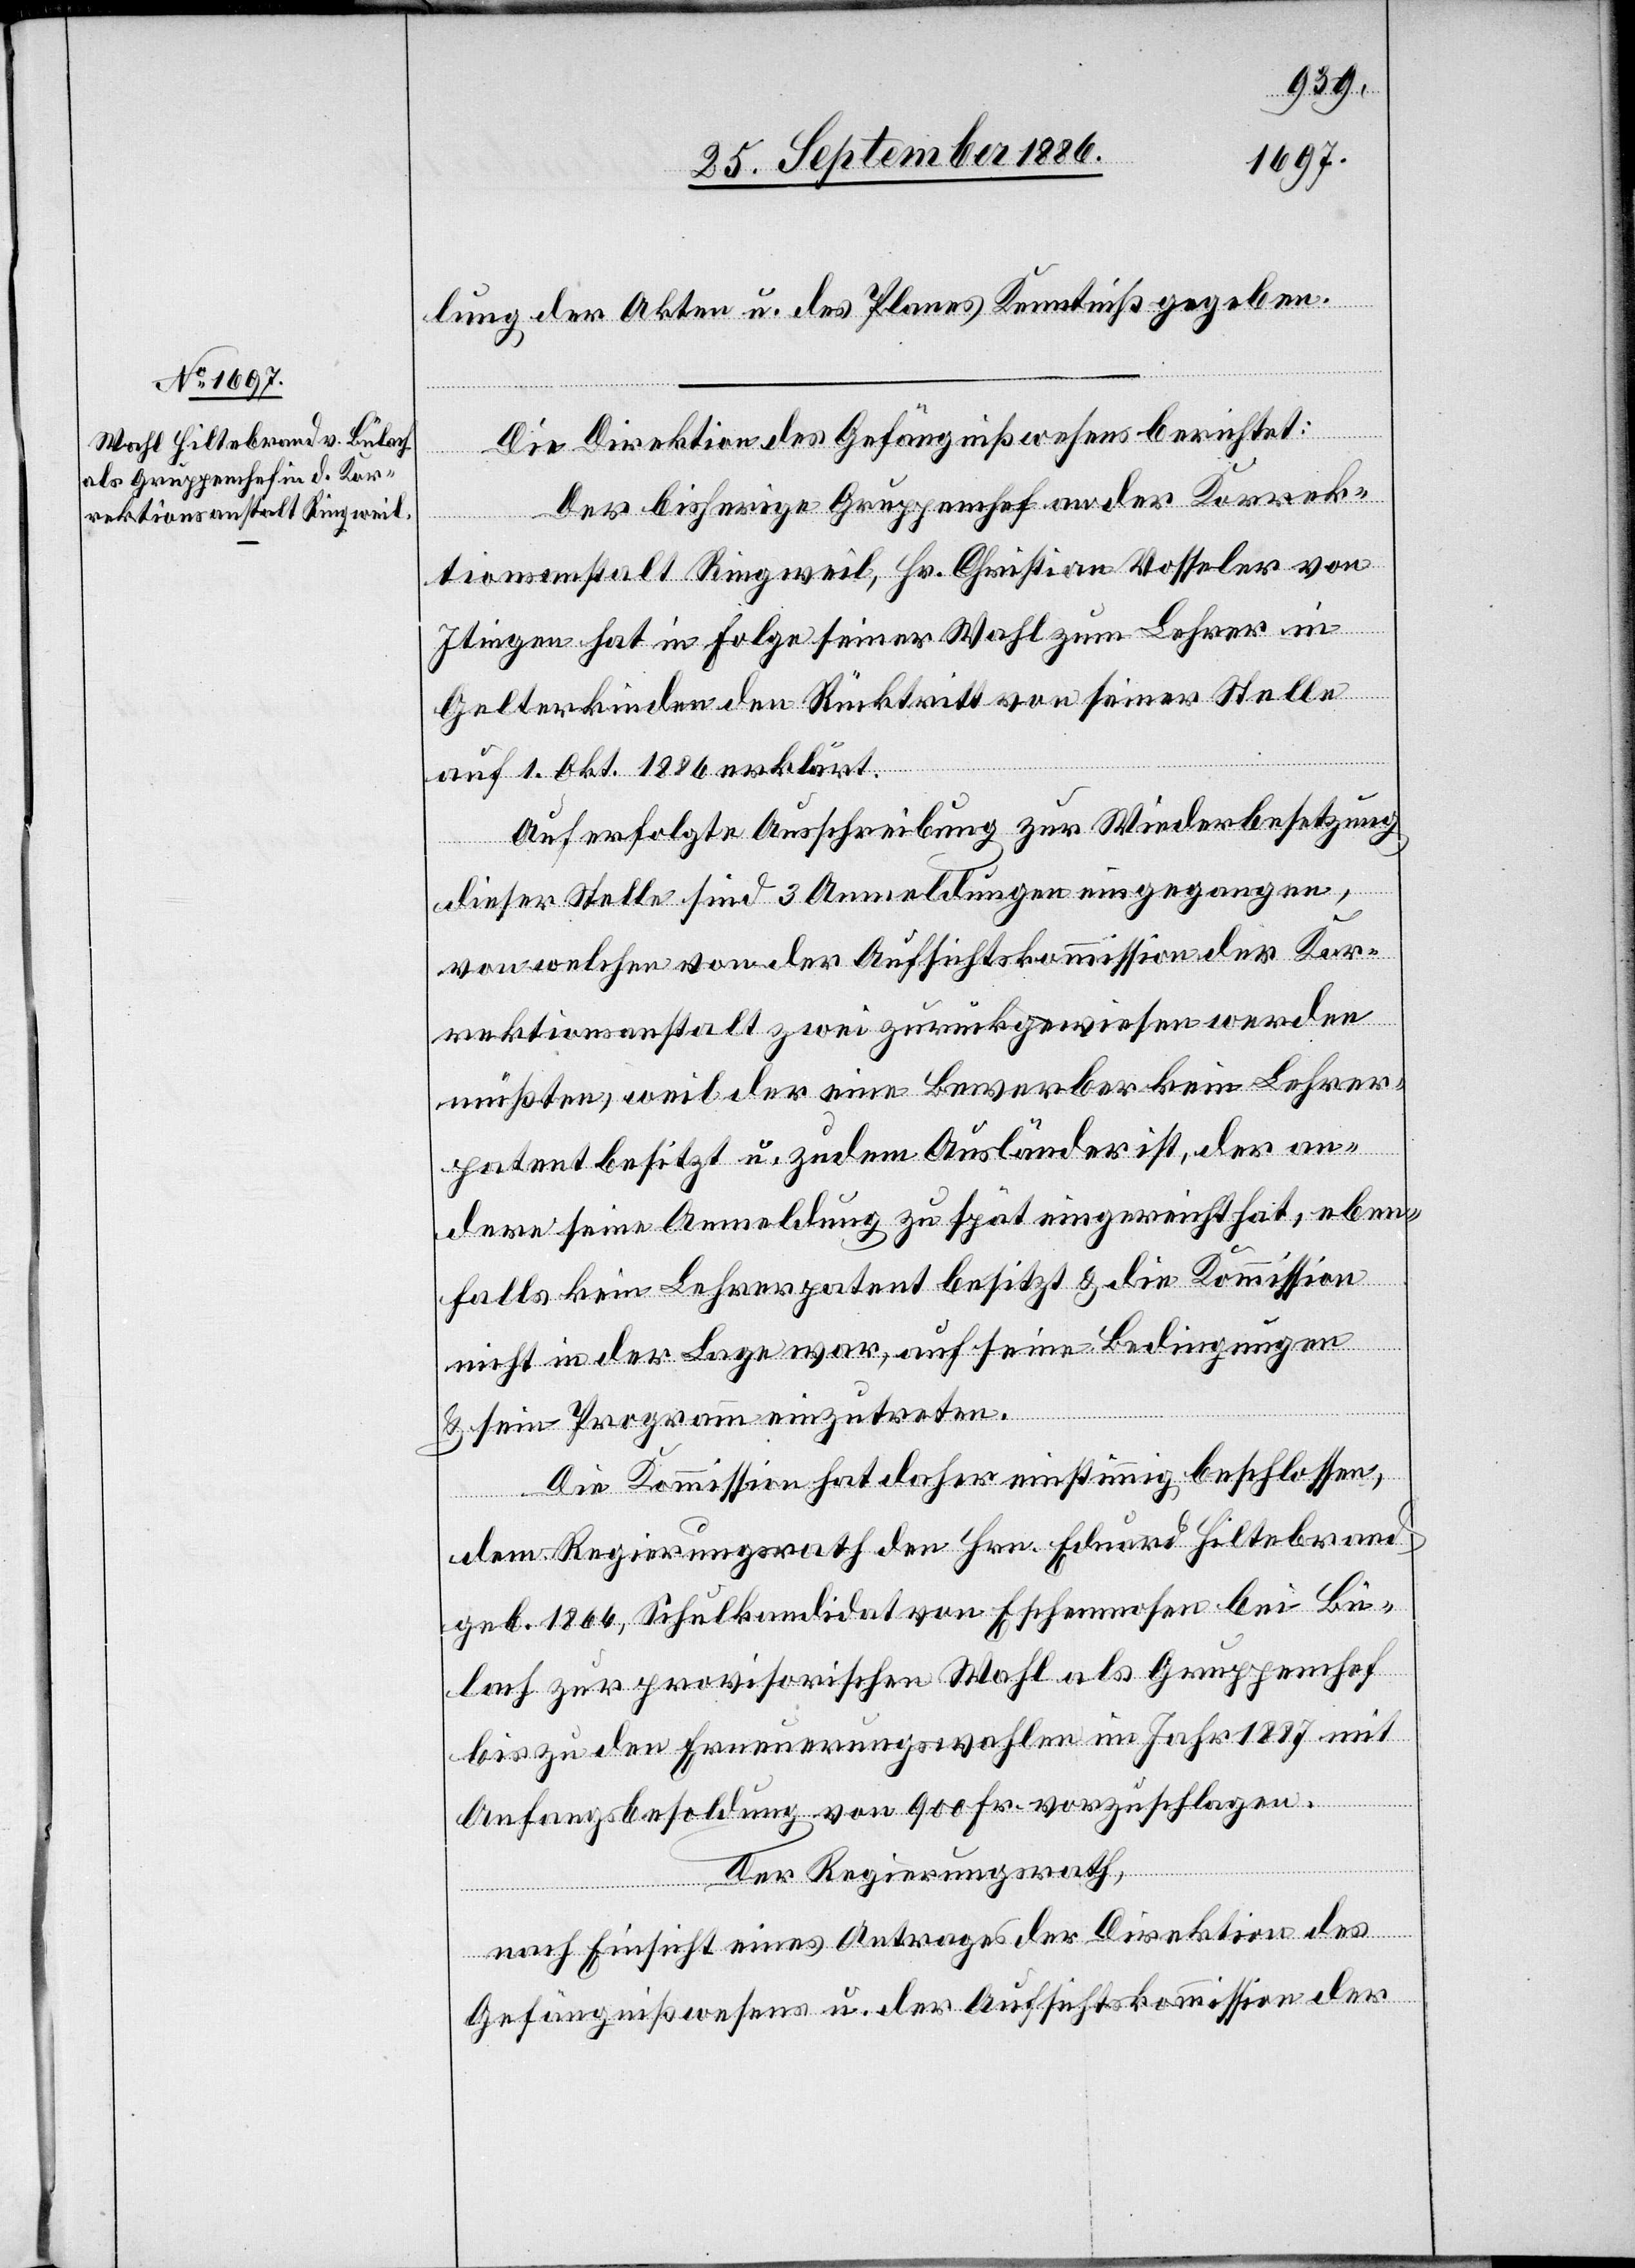
lung der Akten u. des Planes Kenntniß gegeben.
Die Direktion des Gefängnißwesens berichtet:
Der bisherige Gruppenchef an der Korrek¬
tionsanstalt Ringweil, Hr. Christian Vosseler von
Itingen hat in Folge seiner Wahl zum Lehrer in
Gelterkinden den Rücktritt von seiner Stelle
auf 1. Okt. 1886 erklärt.
Auf erfolgte Ausschreibung zur Wiederbesetzung
dieser Stelle sind 3 Anmeldungen eingegangen,
von welchen von der Aufsichtskommission der Kor¬
rektionsanstalt zwei zurückgewiesen werden
müßten, weil der eine Bewerber kein Lehrer¬
patent besitzt u. zudem Ausländer ist, der an¬
dere seine Anmeldung zu spät eingereicht hat, eben¬
falls kein Lehrerpatent besitzt & die Kommission
nicht in der Lage war, auf seine Bedingungen
& sein Programm einzutreten.
Die Kommission hat daher einstimmig beschlossen,
dem Regierungsrath den Hrn. Eduard Hiltebrand
geb. 1866, Schulkandidat von Eschenmosen bei Bü¬
lach zur provisorischen Wahl als Gruppenchef
bis zu den Erneuerungswahlen im Jahr 1887 mit
Anfangsbesoldung von 900 Fr. vorzuschlagen.
Der Regierungsrath,
nach Einsicht eines Antrages der Direktion des
Gefängnißwesens u. der Aufsichtskommission der